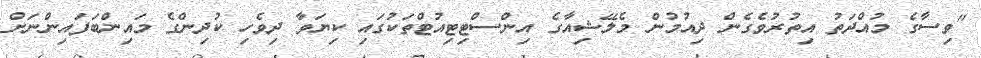
"ވިސާގެ މުއްދަތު އިތުރުވެގެން ދިއުމުން މެލޭޝިއާގެ އިންސްޓިޓިއުޓްތަކުގައި ކިޔަވާ ދިވެހި ކުދިންގެ މައިންބަފައިންނަށް